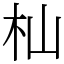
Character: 杣